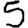
Digit: 5